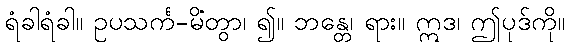
ရံခါရံခါ။ ဥပသင်္က-မိတွာ၊ ၍။ ဘန္တေ၊ ရား။ ဣဒံ၊ ဤပုဒ်ကို။